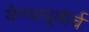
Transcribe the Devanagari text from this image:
येण्यापूवीर्च